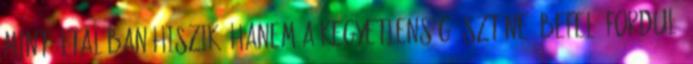
mint általában hiszik, hanem a kegyetlenség ösztöne, befelé fordul,